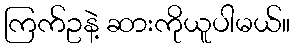
ကြက်ဥနဲ့ ဆားကိုယူပါမယ်။